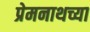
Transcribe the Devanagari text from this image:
प्रेमनाथच्या